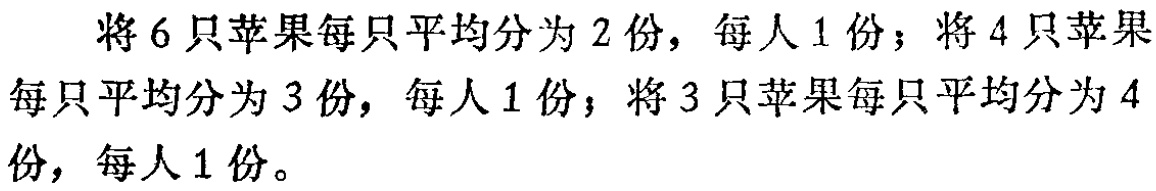
将6只苹果每只平均分为2份，每人1份；将4只苹果每只平均分为3份，每人1份；将3只苹果每只平均分为4份，每人1份。